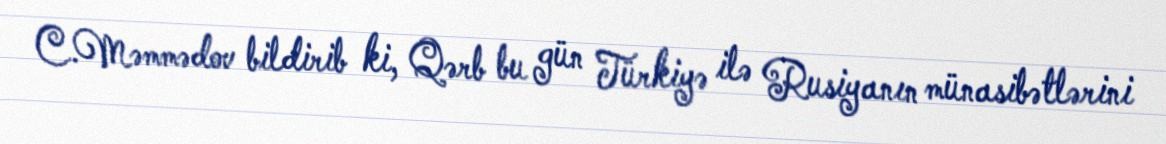
C.Məmmədov bildirib ki, Qərb bu gün Türkiyə ilə Rusiyanın münasibətlərini